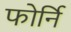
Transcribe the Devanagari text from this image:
फोर्नि